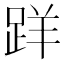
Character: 𨀘